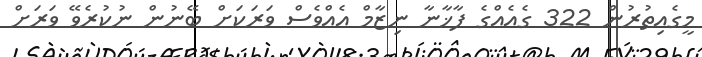
މީގެއިތުރުން 322 ގެއެއްގެ ފާޚާނާ ނިޒާމް އެއްވެސް ވަރަކަށް ބޭނުން ނުކުރެވޭ ވަރަށް